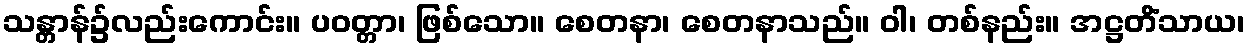
သန္တာန်၌လည်းကောင်း။ ပဝတ္တာ၊ ဖြစ်သော။ စေတနာ၊ စေတနာသည်။ ဝါ၊ တစ်နည်း။ အဋ္ဌတိံသာယ၊